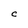
Character: C